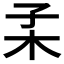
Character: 𣏍